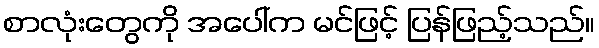
စာလုံးတွေကို အပေါ်က မင်ဖြင့် ပြန်ဖြည့်သည်။